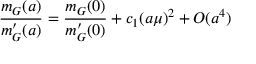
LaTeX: { \frac { m _ { G } ( a ) } { m _ { G } ^ { \prime } ( a ) } } = { \frac { m _ { G } ( 0 ) } { m _ { G } ^ { \prime } ( 0 ) } } + c _ { 1 } ( a \mu ) ^ { 2 } + O ( a ^ { 4 } )